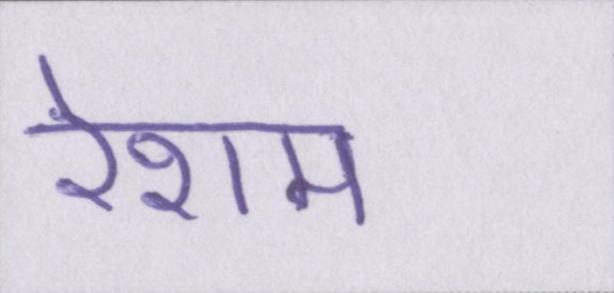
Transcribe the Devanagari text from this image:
रेशम